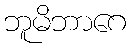
ဘူမိဘာဂေ